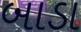
બાડા